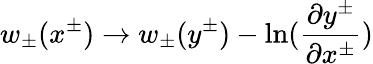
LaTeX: w_{\pm}(x^{\pm})\rightarrow w_{\pm}(y^{\pm})-\ln({\frac{\partial y^{\pm}}{\partial x^{\pm}}})